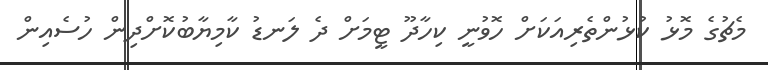
މެޗުގެ މޮޅު ކުޅުންތެރިއަކަށް ހޮވުނީ ކިހާދޫ ޓީމަށް ދެ ލަނޑު ކާމިޔާބުކޮށްދިން ހުސެއިން